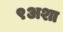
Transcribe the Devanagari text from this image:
९अशा